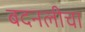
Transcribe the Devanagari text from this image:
बदनलीचा